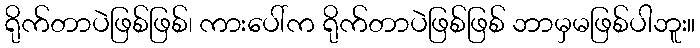
ရိုက်တာပဲဖြစ်ဖြစ်၊ ကားပေါ်က ရိုက်တာပဲဖြစ်ဖြစ် ဘာမှမဖြစ်ပါဘူး။